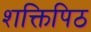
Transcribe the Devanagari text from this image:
शक्तिपिठ